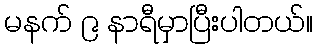
မနက် ၉ နာရီမှာပြီးပါတယ်။